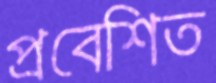
প্রবেশিত